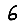
Digit: 6